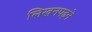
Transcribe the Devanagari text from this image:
लिखनपढ़ने